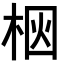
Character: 𪲗